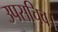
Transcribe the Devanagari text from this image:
उपसचिव।